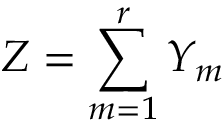
Z = \sum _ { m = 1 } ^ { r } Y _ { m }